Annual report of the Punjab Veterinary College and of the Civil Veterinary Department, Punjab - 1926-1932
Year: 1926
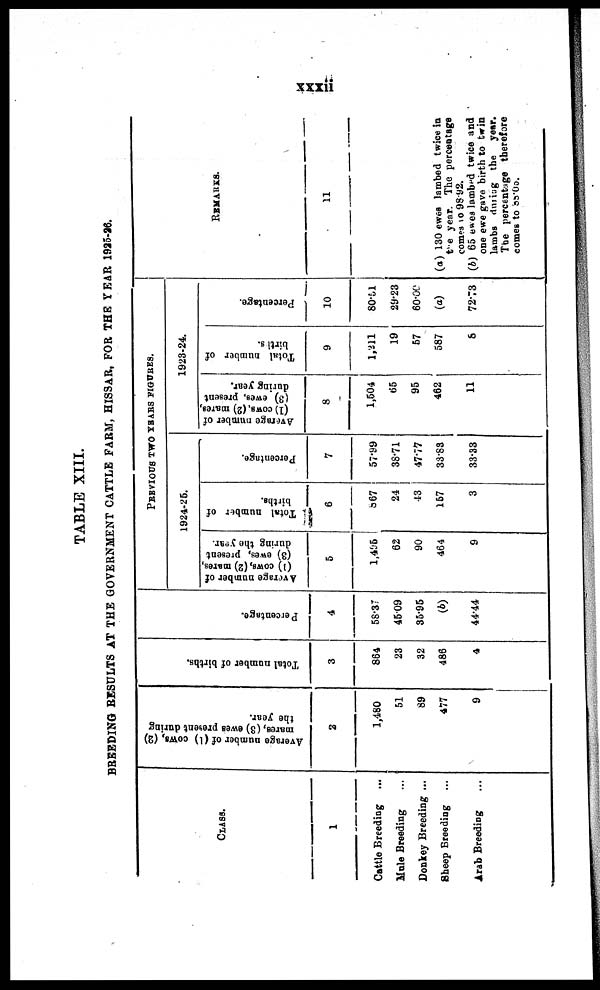
xxxii
TABLE XIII.
BREEDING BESULTS AT THE GOVERNMENT CATTLE FARM, HISSAR, FOR THE YEAR 1925-26..
CLASS
1
Cattle Breeding ...
Mule Breeding ...
Donkey Breeding ...
Sheep Breeding ...
Arab Breeding ...
Average number of (1)
cows, (2)
mares,
(8) owes present during
the year.
2
1,480
51
89
477
9
Total number of births.
3
864
23
32
486
4
Percentage.
4
58.37
4509
35.95
(b)
44.44
Previous two years figures.
1924-25.
Ave r
a ge number of
(1) cows , (2) mar es ,
(3) ewes, present
dur i ng the year.
5
1,495
62
90
464
9
Total number of
births.
6
867
24
43
157
3
Per cent age.
7
57.99
38.71
47.77
33.83
33.33
1923-24.
Ave r
a ge number of
(1) cows , (2) mar es ,
(3) ewes , present
dur i ng year.
8
1,504
65
95
462
11
Tot al number of
bi r t hs.
9
1,211
19
57
587
8
Per cent age.
10
80.51
29.23
60.00
(a)
72.73
REMARKS.
11
(a) 130 owes lambed twice in
the year. The percentage
comes 1098-92.
(b) 65 owes lambed twice and
one ewe gave birth to twin
lambs during the
year.
The percentage therefore
comes to 88.00.